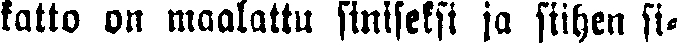
katto on maalattu siniseksi ja siihen si-